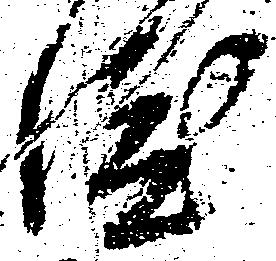
渡